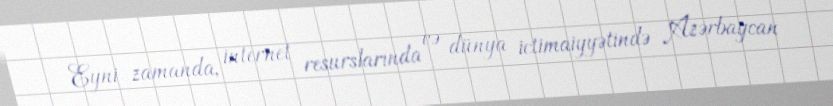
Eyni zamanda, internet resurslarında və dünya ictimaiyyətində Azərbaycan